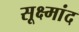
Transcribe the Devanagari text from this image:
सूक्ष्मांद